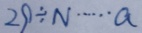
2 9 \div N \cdots a